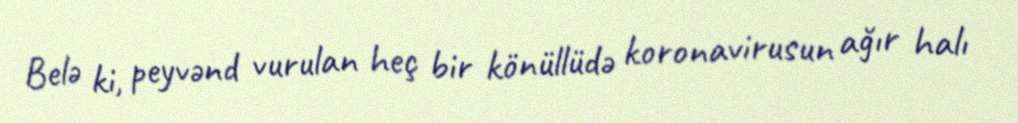
Belə ki, peyvənd vurulan heç bir könüllüdə koronavirusun ağır halı